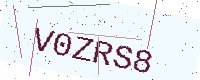
Text: V0ZRS8